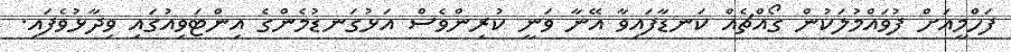
ފަހްމީއަށް ފުވައްމުލަކުން ގޯއްޗެއް ކަނޑާފައިވާ އޭނާ ވަނީ ކުރިންވެސް އަޅުގަނޑުމެންގެ އިންޓަވިއުގައި ވިދާޅުވެފައި.